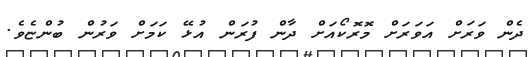
ދެން ވަރަށް އަވަރަށް މޮރޮކޯއަށް ދާން ފުރަން އުޅޭ ކަމަށް ވަރުން ބުންޏެވެ.